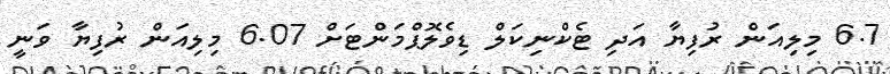
6.7 މިލިއަން ރުފިޔާ އަދި ޓެކްނިކަލް ޑިވެލޮޕްމަންޓަށް 6.07 މިލިއަން ރުފިޔާ ވަނީ